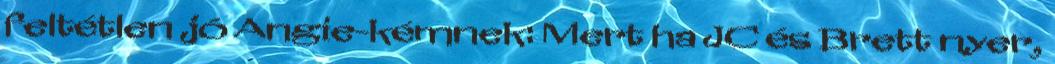
feltétlen jó Angie-kémnek: Mert ha JC és Brett nyer,